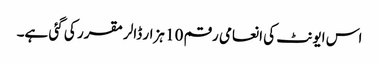
اس ایونٹ کی انعامی رقم 10 ہزار ڈالر مقرر کی گئی ہے۔